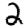
Digit: 2